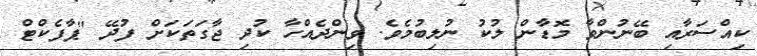
ކިއްސަރާއި ބޭނުންވާ މޮޑާން ލުކު ނުލިބުމެވެ. ވިންދެއްހާ ކުދި ޖާގަތަކަށް ފުދޭ "ޕާފެކްޓް